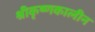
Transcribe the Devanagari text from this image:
श्रीकृष्णकालीन